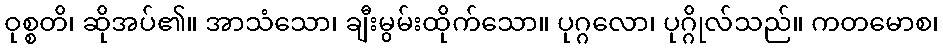
ဝုစ္စတိ၊ ဆိုအပ်၏။ အာသံသော၊ ချီးမွမ်းထိုက်သော။ ပုဂ္ဂလော၊ ပုဂ္ဂိုလ်သည်။ ကတမောစ၊